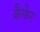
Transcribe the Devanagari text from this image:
कैफेर